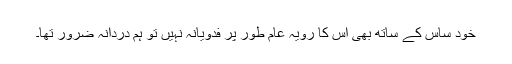
خود ساس کے ساتھ بھی اس کا رویہ عام طور پر فدویانہ نہیں تو ہم دردانہ ضرور تھا۔